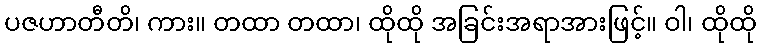
ပဇဟာတီတိ၊ ကား။ တထာ တထာ၊ ထိုထို အခြင်းအရာအားဖြင့်။ ဝါ၊ ထိုထို